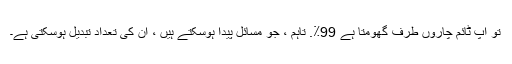
تو اپ ٹائم چاروں طرف گھومتا ہے 99٪. تاہم ، جو مسائل پیدا ہوسکتے ہیں ، ان کی تعداد تبدیل ہوسکتی ہے۔